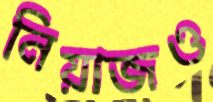
নিয়াজও